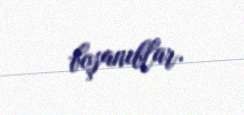
boşanıblar.